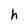
Character: h